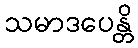
သမာဒပေန္တိ